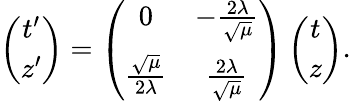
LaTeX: \left(\begin{array}{c}{{t^{\prime}}}\\ {{z^{\prime}}}\end{array}\right)=\left(\begin{array}{cc}{{0}}&{{-\frac{2\lambda}{\sqrt{\mu}}}}\\ {{\frac{\sqrt{\mu}}{2\lambda}}}&{{\frac{2\lambda}{\sqrt{\mu}}}}\end{array}\right)\left(\begin{array}{c}{{t}}\\ {{z}}\end{array}\right).